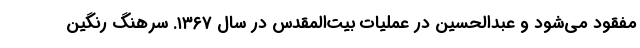
مفقود می‌شود و عبدالحسین در عملیات بیت‌المقدس در سال ۱۳۶۷. سرهنگ رنگین